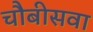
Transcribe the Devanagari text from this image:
चौबीसवा